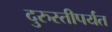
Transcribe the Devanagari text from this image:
दुरुस्तीपर्यंत